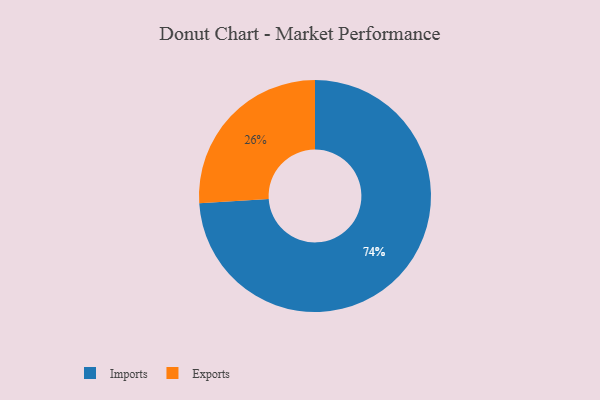
{"axis": {"x": "Category", "y": "Percentage"}, "legend": ["Exports", "Imports"], "data": [{"x": "Imports", "y": 74, "type": "Imports"}, {"x": "Exports", "y": 26, "type": "Exports"}]}